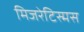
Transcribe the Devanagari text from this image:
मिजरेटिस्मस